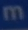
m